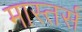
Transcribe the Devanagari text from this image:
मास्तर्स